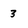
Character: 3